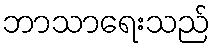
ဘာသာရေးသည်